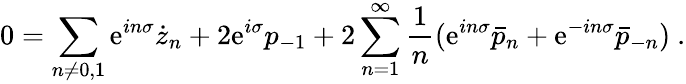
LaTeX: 0=\sum_{n\neq 0,1}\mathrm{e}^{in\sigma}\dot{z}_{n}+2\mathrm{e}^{i\sigma}p_{-1}+2\sum_{n=1}^{\infty}{\frac{1}{n}}(\mathrm{e}^{in\sigma}\bar{p}_{n}+\mathrm{e}^{-in\sigma}\bar{p}_{-n})\ .